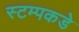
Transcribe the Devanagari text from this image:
स्टम्पकडे